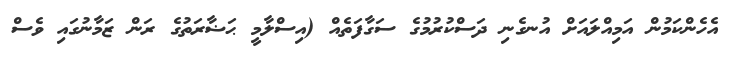
އެހެންކަމުން އަމިއްލައަށް އުނގެނި ދަސްކުރުމުގެ ސަގާފަތެއް (އިސްލާމީ ޙަޟާރަތުގެ ރަން ޒަމާނުގައި ވެސް